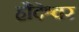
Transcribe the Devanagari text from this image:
हौदेश्वर